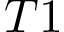
T 1